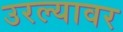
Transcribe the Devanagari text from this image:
उरल्यावर